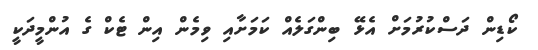
ކޯޑިން ދަސްކުރުމަށް އެޅޭ ބިންގަލެއް ކަމަށާއި ވިމެން އިން ޓެކް ގެ އުންމީދަކީ